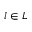
l \in L